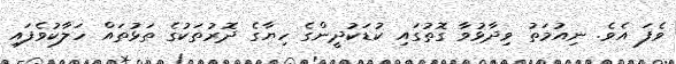
ވެފަ އެވެ. ނިއުމަތު ވިދާޅުވާ ގޮތުގައި ކުޑަކުދީންގެ ހިޔާގެ ދޮރުތަކުގެ ތަޅުތައް ހަލާކުވެފައި